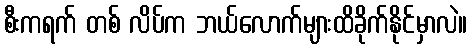
စီးကရက် တစ် လိပ်က ဘယ်လောက်များထိခိုက်နိုင်မှာလဲ။